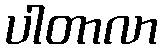
ပါတာလာ